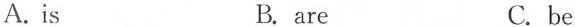
A. is B. are C. be